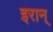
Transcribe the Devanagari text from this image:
इरान्